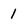
Character: 1